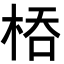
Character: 𭪇